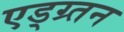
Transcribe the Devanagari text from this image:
एड्ग्र्तन